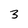
Character: 3